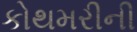
કોથમરીની